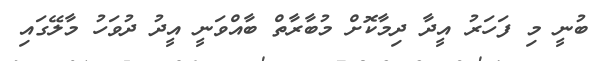
ބުނީ މި ފަހަރު އީދާ ދިމާކޮށް މުބާރާތް ބާއްވަނީ އީދު ދުވަހު މާލޭގައި